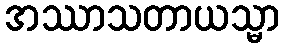
အဿာသတာယသ္မာ